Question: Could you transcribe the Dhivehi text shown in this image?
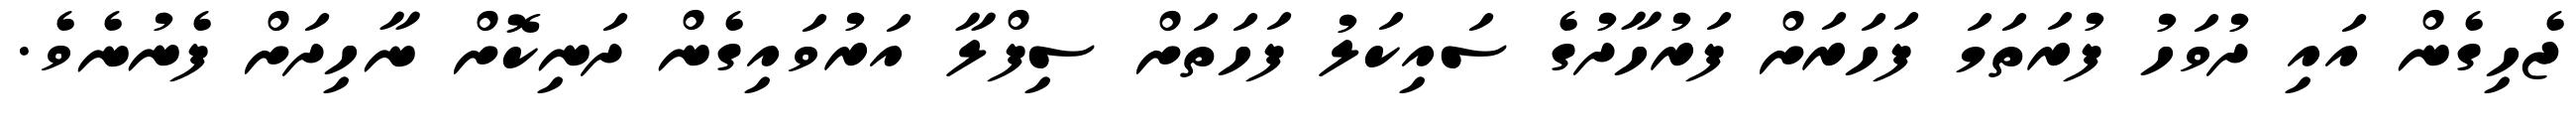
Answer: ޖެހިގެން އައި ދުވަހު ފުރަތަމަ ފަހަރަށް ފަރުހާދުގެ ސައިކަލު ފަހަތަށް ސިފްލާ އަރުވައިގެން ދަނިކޮށް ނާހިދަށް ފެނުނެވެ.